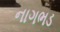
નાગભડ